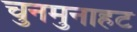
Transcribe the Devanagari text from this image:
चुनमुनाहट